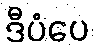
ဒီပံပေ